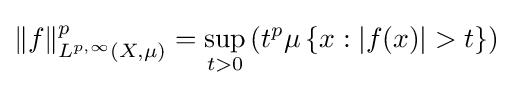
\|f\|_{L^{p,\infty }(X,\mu )}^{p}=\sup _{t>0}\left(t^{p}\mu \left\{x:|f(x)|>t\right\}\right)